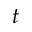
t